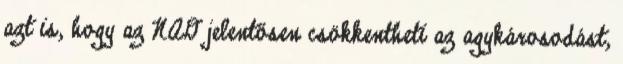
azt is, hogy az NAD jelentősen csökkentheti az agykárosodást,